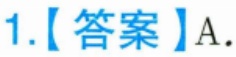
1.【答案】A.